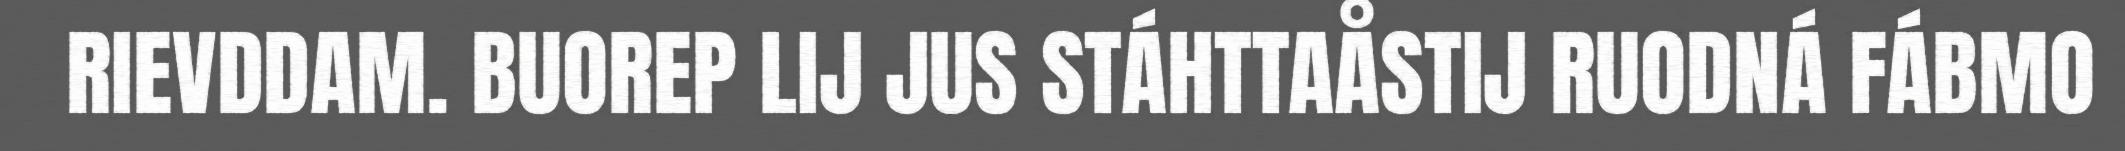
RIEVDDAM. BUOREP LIJ JUS STÁHTTAÅSTIJ RUODNÁ FÁBMO